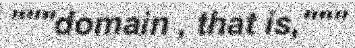
"""domain , that is,"""